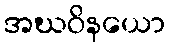
အဃဝိနယော